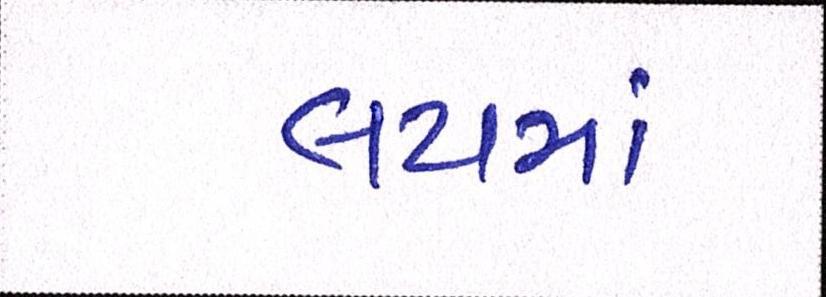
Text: લયમાં